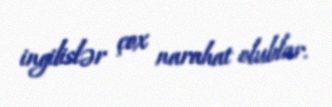
ingilislər çox narahat olublar.